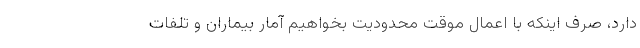
دارد، صرف اینکه با اعمال موقت محدودیت بخواهیم آمار بیماران و تلفات